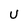
Character: U